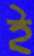
ই